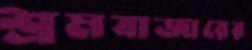
শ্রমবাজারের